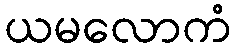
ယမလောကံ